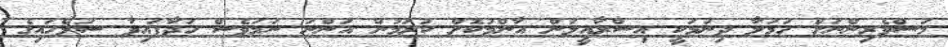
މަސްވެރިންނަށް ހަމަލާ ދިނުމަކީ އިސްރާއީލުން އާންމުކޮށް ކުރަމުން އަންނަ ނަމަވެސް ހަދާފައިވާ ސުލްހައިގެ